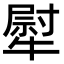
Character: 犚